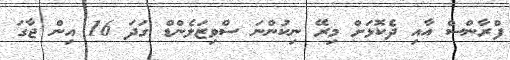
ފްރާންސް އާއި ދެކޮޅަށް މިރޭ ނިިކުންނަ ސްވިޒަލެންޑް ގަދަ 16 އިން ޖާގަ